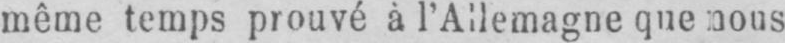
même temps prouvé à l’Allemagne que nous